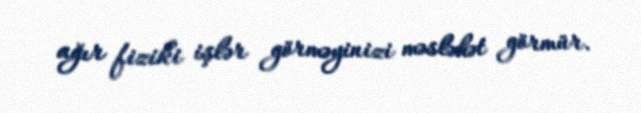
ağır fiziki işlər görməyinizi məsləhət görmür.